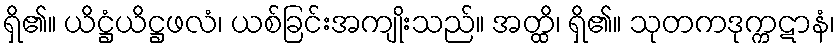
ရှိ၏။ ယိဋ္ဌံယိဋ္ဌဖလံ၊ ယစ်ခြင်းအကျိုးသည်။ အတ္ထိ၊ ရှိ၏။ သုတကဒုက္ကဋာနံ၊